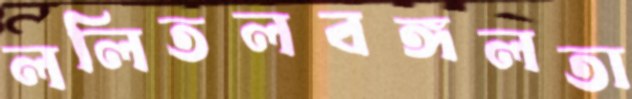
ললিতলবঙ্গলতা